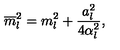
\overline { { m } } _ { l } ^ { 2 } = m _ { l } ^ { 2 } + \frac { a _ { l } ^ { 2 } } { 4 \alpha _ { l } ^ { 2 } } ,